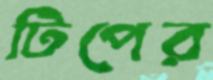
টিপের